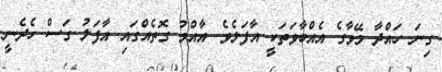
ގިނަ ހައްދާ މޭވާގެ އެއްބާވަތަކީ އާފަލެވެ. އާއްމު ގޮތެއްގައި އާފަލު ގަސް ހެދެނީ